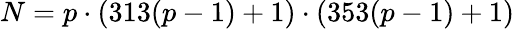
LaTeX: N=p\cdot(313(p-1)+1)\cdot(353(p-1)+1)